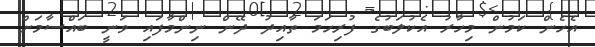
އެހެން ކަމުން މިހާރު އެކުލަބުގެ ފުރިހަމަ ތާއިދު ދޭން ނިންމާފައި ވަނީ ބައްސާމަށް